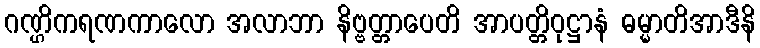
ဂဏ္ဌိကရဏကာလော အလာဘာ နိဗ္ဗတ္တာပေတိ အာပတ္တိဝုဋ္ဌာနံ ဓမ္မာတိအာဒီနိ